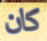
كان